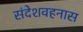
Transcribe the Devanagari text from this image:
संदेशवहनास